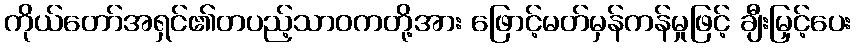
ကိုယ်တော်အရှင်၏တပည့်သာဝကတို့အား ဖြောင့်မတ်မှန်ကန်မှုဖြင့် ချီးမြှင့်ပေး